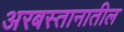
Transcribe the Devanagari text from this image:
अरबस्तानातील